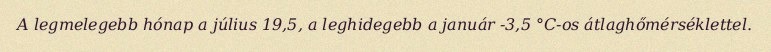
A legmelegebb hónap a július 19,5, a leghidegebb a január -3,5 °C-os átlaghőmérséklettel.